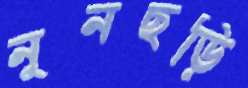
নুনছড়ি